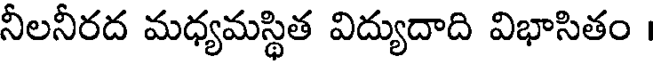
నీలనీరద మధ్యమస్థిత విద్యుదాది విభాసితం ।